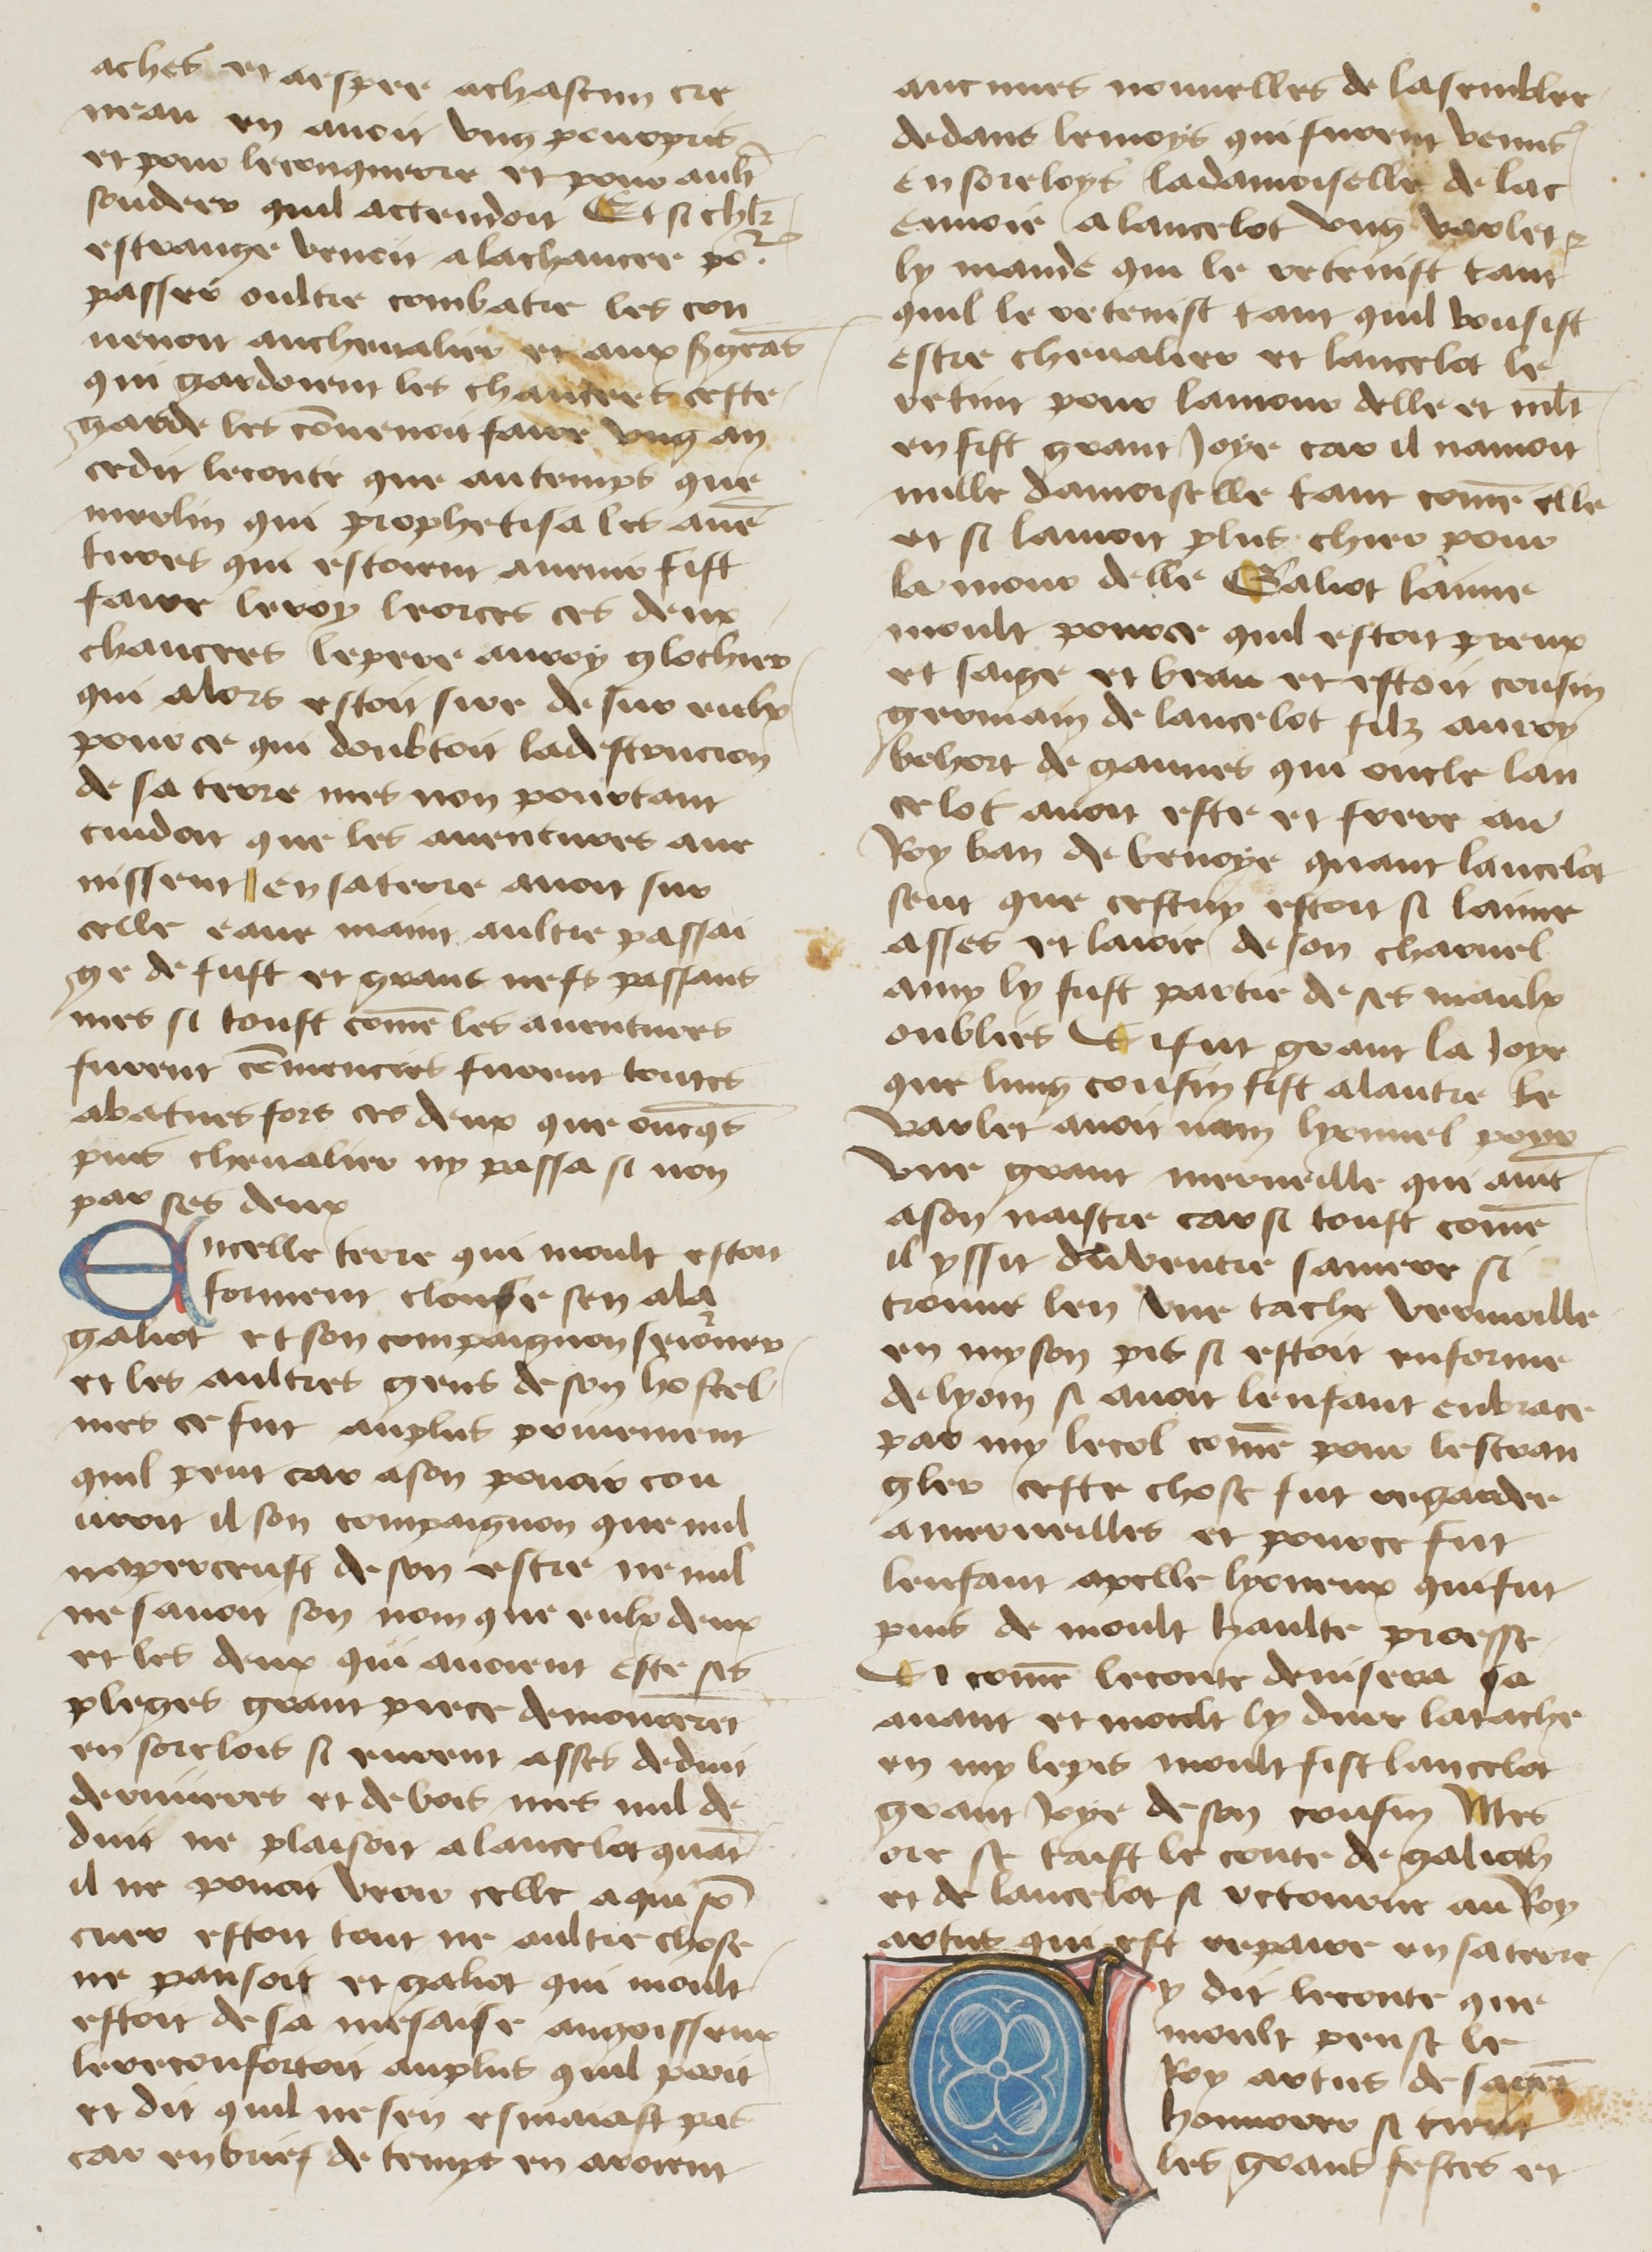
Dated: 1400–1499